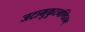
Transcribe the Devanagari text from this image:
जटामुकुटमण्डितम्‌